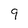
Character: 9